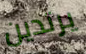
يرتدين